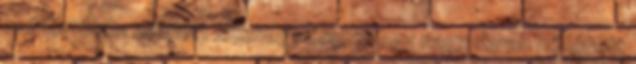
csütörtökön délelőtt tizenegy órakor egy nagy darab nő lépett